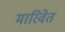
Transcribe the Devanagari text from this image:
मारिवेत